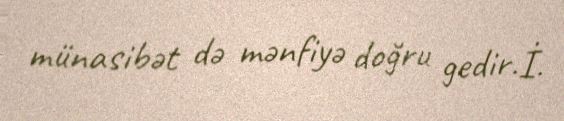
münasibət də mənfiyə doğru gedir.İ.